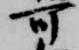
可